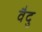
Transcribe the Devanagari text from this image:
वैदु